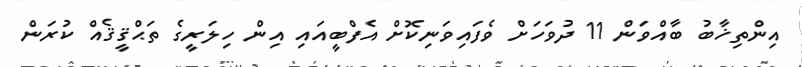
އިންތިޚާބު ބާއްވަން 11 ދުވަހަށް ވެފައިވަނިކޮށް އެފްބީއައި އިން ހިލަރީގެ ތަޙްޤީޤެއް ކުރަން